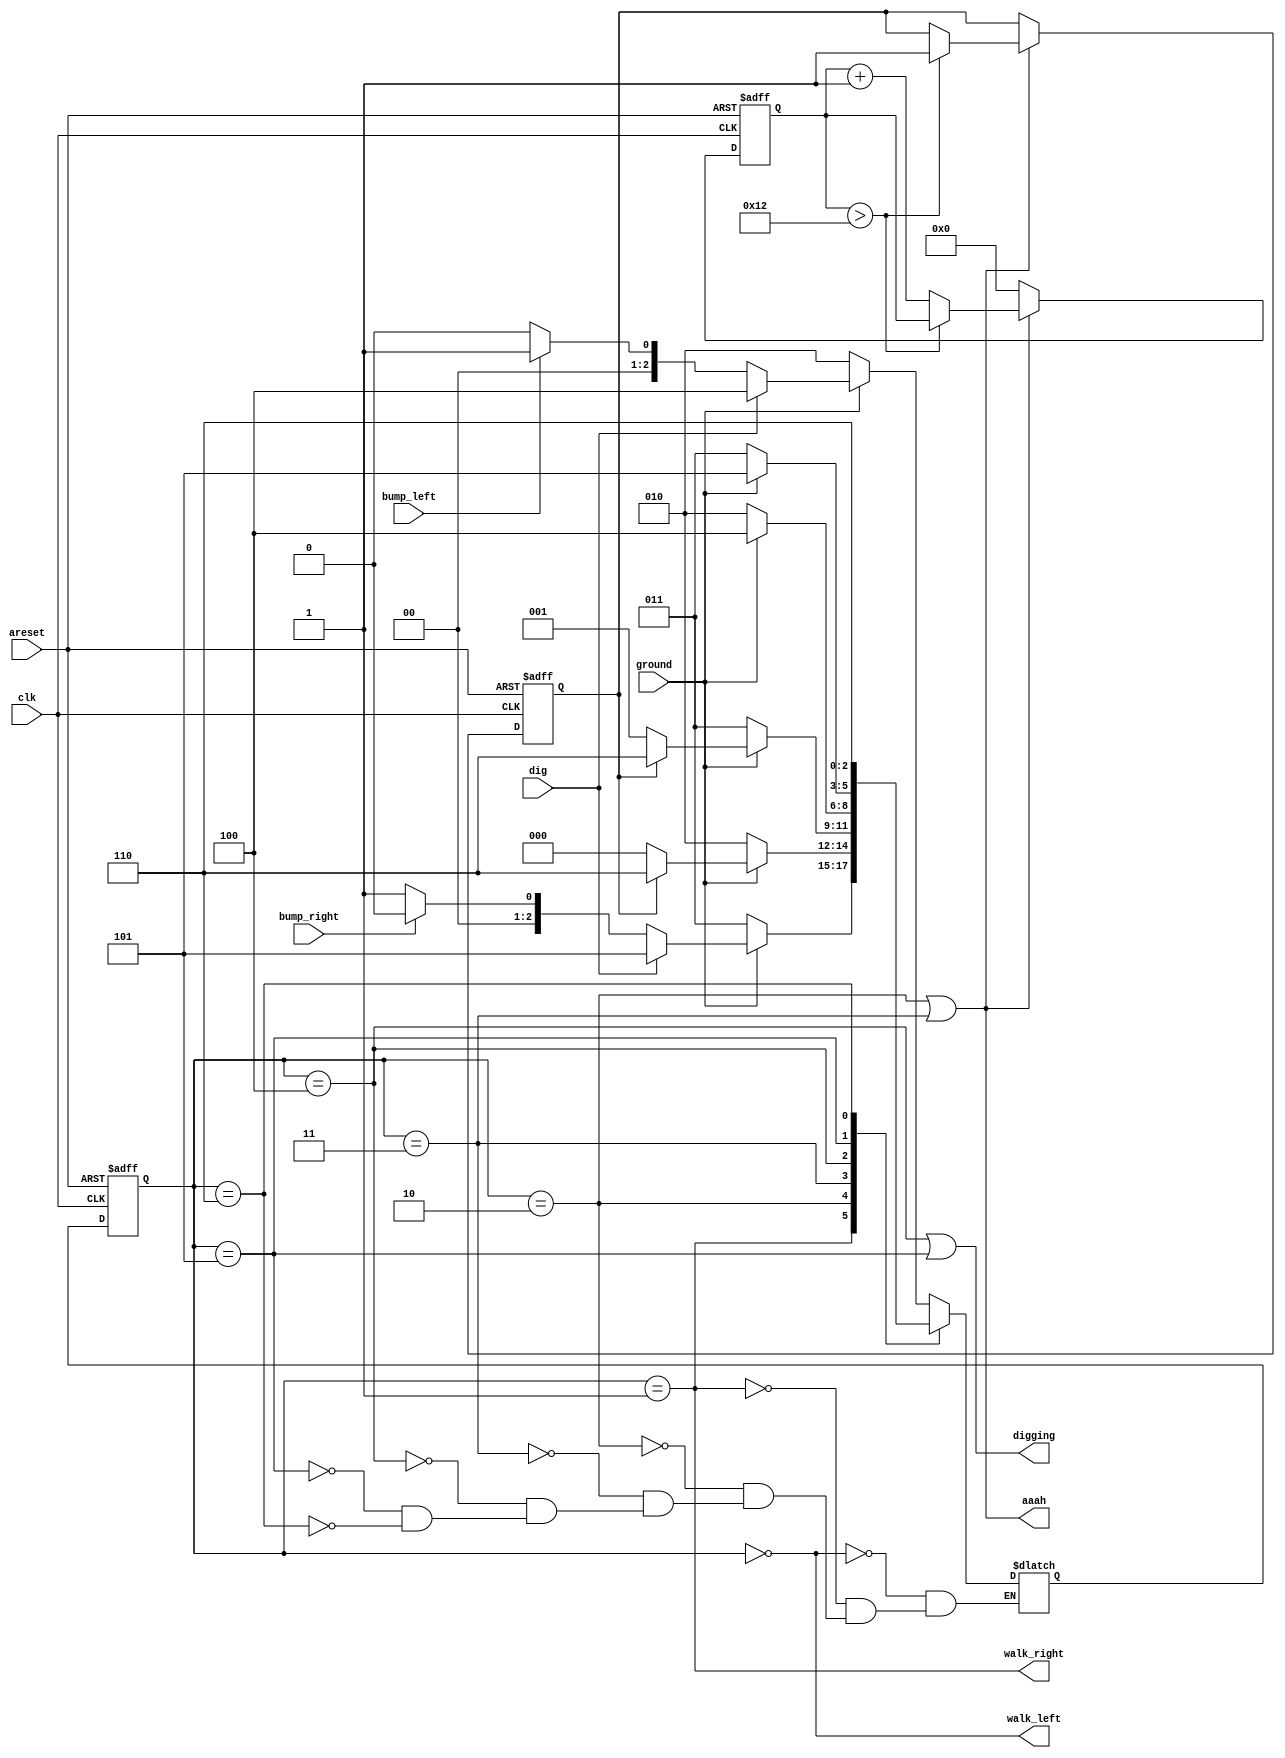
module top_module(
    input clk,
    input areset,    // Freshly brainwashed Lemmings walk left.
    input bump_left,
    input bump_right,
    input ground,
    input dig,
    output walk_left,
    output walk_right,
    output aaah,
    output digging ); 

    
    parameter LEFT = 0 , RIGHT = 1 , DOWN_L = 2 , DOWN_R = 3 , DIG_L = 4, DIG_R = 5 , END = 6 ;
    reg [2:0] cstate , nstate ;
    reg [4:0] cnt ;
    reg cnt_end ;
    
    always @(posedge clk or posedge areset) begin
        if(areset) begin
            cnt <= 0 ;
            cnt_end <= 0 ;
        end
        else begin
            if(aaah) begin
                if(cnt > 18) begin
                    cnt_end <= 1 ;
                end
                else begin
                    cnt <= cnt + 1 ;
               	end
            end
            else begin
            	cnt <= 0 ;
            end
        end
    end
    
    always @(posedge clk or posedge areset) begin
        if(areset) begin
            cstate <= LEFT ;
        end
        else begin
            cstate <= nstate ;
        end
    end
    
    always @(*) begin
        case(cstate)
            LEFT : nstate = ground ? (dig ? DIG_L : (bump_left ? RIGHT : LEFT)) : DOWN_L ; 
            RIGHT : nstate = ground ? (dig ? DIG_R : (bump_right ? LEFT : RIGHT)) : DOWN_R ; 
            DOWN_L : nstate = ground ? (cnt_end ? END : LEFT) : DOWN_L ;
            DOWN_R : nstate = ground ? (cnt_end ? END : RIGHT) : DOWN_R ;
            DIG_L : nstate = ground ? DIG_L : DOWN_L ;
            DIG_R : nstate = ground ? DIG_R : DOWN_R ;
            END : nstate = END ;
        endcase
    end

    assign walk_left = (cstate == LEFT) ;
    assign walk_right = (cstate == RIGHT) ;
    assign aaah = (cstate == DOWN_L || cstate == DOWN_R) ;
    assign digging = (cstate == DIG_L || cstate == DIG_R) ;
        
endmodule